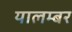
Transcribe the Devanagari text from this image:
यालम्बर